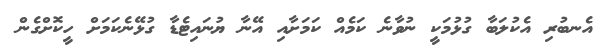
އެނބުރި އެކުލަބާ ގުޅުމަކީ ނުވާނެ ކަމެއް ކަމަށާއި އޭނާ ޔުނައިޓެޑާ ގުޅޭނެކަމަށް ހީކޮށްގެން